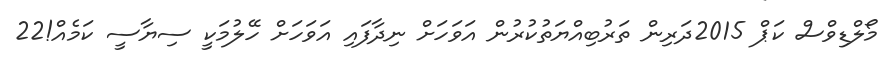
މޯލްޑިވްސް ކަޕް 2015ދަރިން ތަރުބިއްޔަތުކުރުން އަވަހަށް ނިދާފައި އަވަހަށް ހޭލުމަކީ ސިޔާސީ ކަމެއް!22